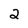
Character: 2